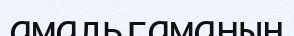
амальгаманың